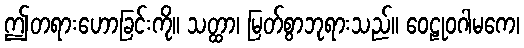
ဤတရားဟောခြင်းကို။ သတ္ထာ၊ မြတ်စွာဘုရားသည်။ ဝေဠုဝဂါမကေ၊